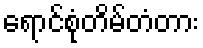
ရောင်စုံတိမ်တံတား